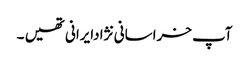
آپ خراسانی نژادایرانی تھیں ۔